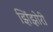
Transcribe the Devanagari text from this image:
झिंझोरी